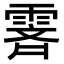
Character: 𬰁